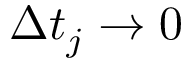
\Delta t _ { j } \to 0